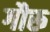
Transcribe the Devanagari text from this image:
गौरू